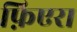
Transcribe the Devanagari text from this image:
फ़िएरा